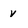
Character: v